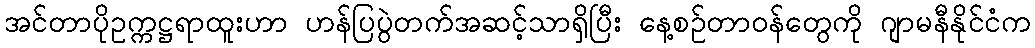
အင်တာပိုဥက္ကဋ္ဌရာထူးဟာ ဟန်ပြပွဲတက်အဆင့်သာရှိပြီး နေ့စဉ်တာဝန်တွေကို ဂျာမနီနိုင်ငံက